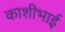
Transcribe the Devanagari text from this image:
काशीभाई